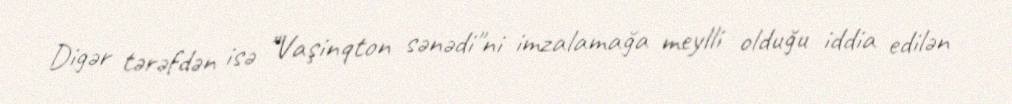
Digər tərəfdən isə "Vaşinqton sənədi"ni imzalamağa meylli olduğu iddia edilən